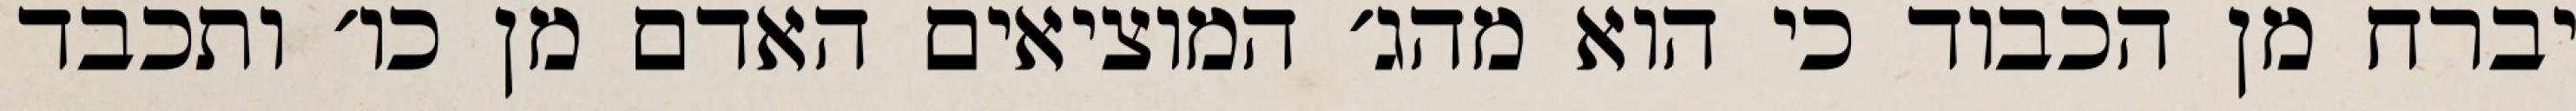
יברח מן הכבוד כי הוא מהג׳ המוציאים האדם מן כו׳ ותכבד